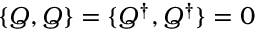
\{ Q , Q \} = \{ Q ^ { \dagger } , Q ^ { \dagger } \} = 0